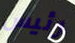
رئيس